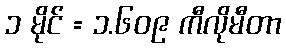
၁ မိုင် = ၁.၆၀၉ ကီလိုမီတာ